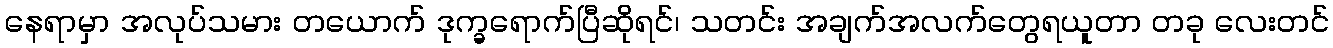
နေရာမှာ အလုပ်သမား တယောက် ဒုက္ခရောက်ပြီဆိုရင်၊ သတင်း အချက်အလက်တွေရယူတာ တခု လေးတင်